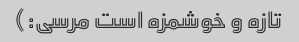
تازه و خوشمزه است مرسی:)